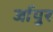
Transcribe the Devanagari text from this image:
र्जापुर